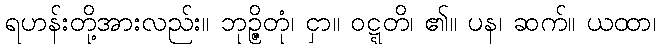
ရဟန်းတို့အားလည်း။ ဘုဉ္ဇိတုံ၊ ငှာ။ ဝဋ္ဋတိ၊ ၏။ ပန၊ ဆက်။ ယထာ၊